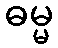
ဓမ္မ